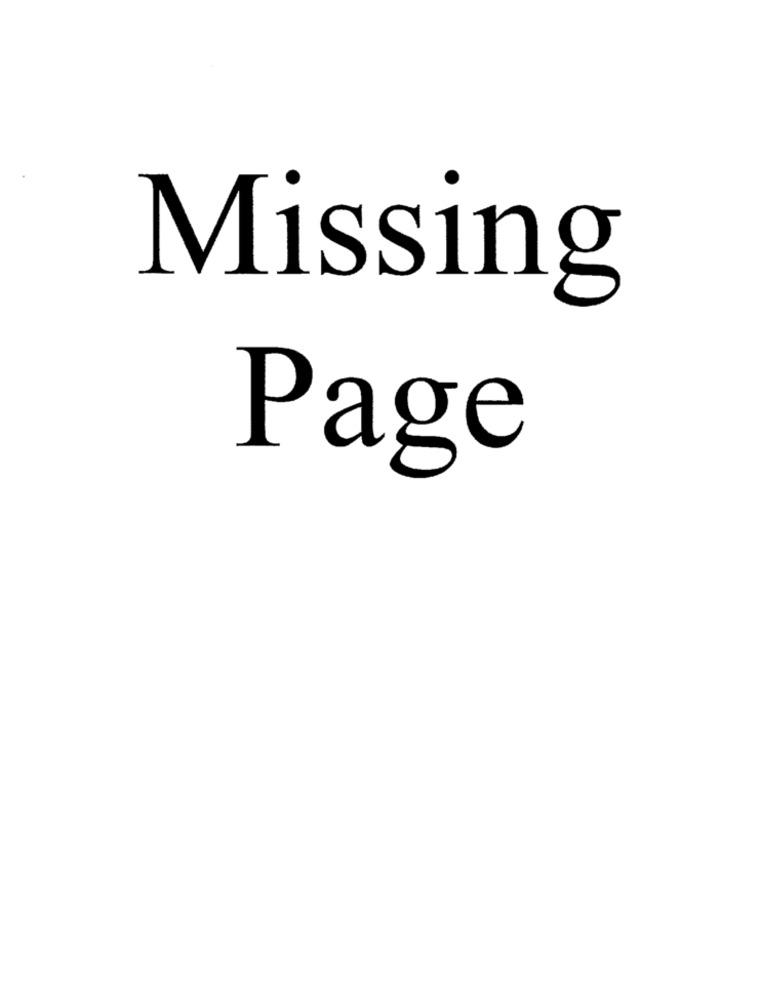
Missing
Page